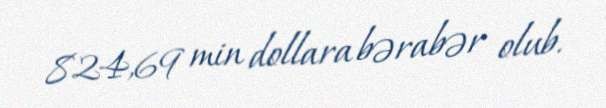
824,69 min dollara bərabər olub.